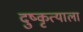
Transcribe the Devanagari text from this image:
दुष्कृत्याला